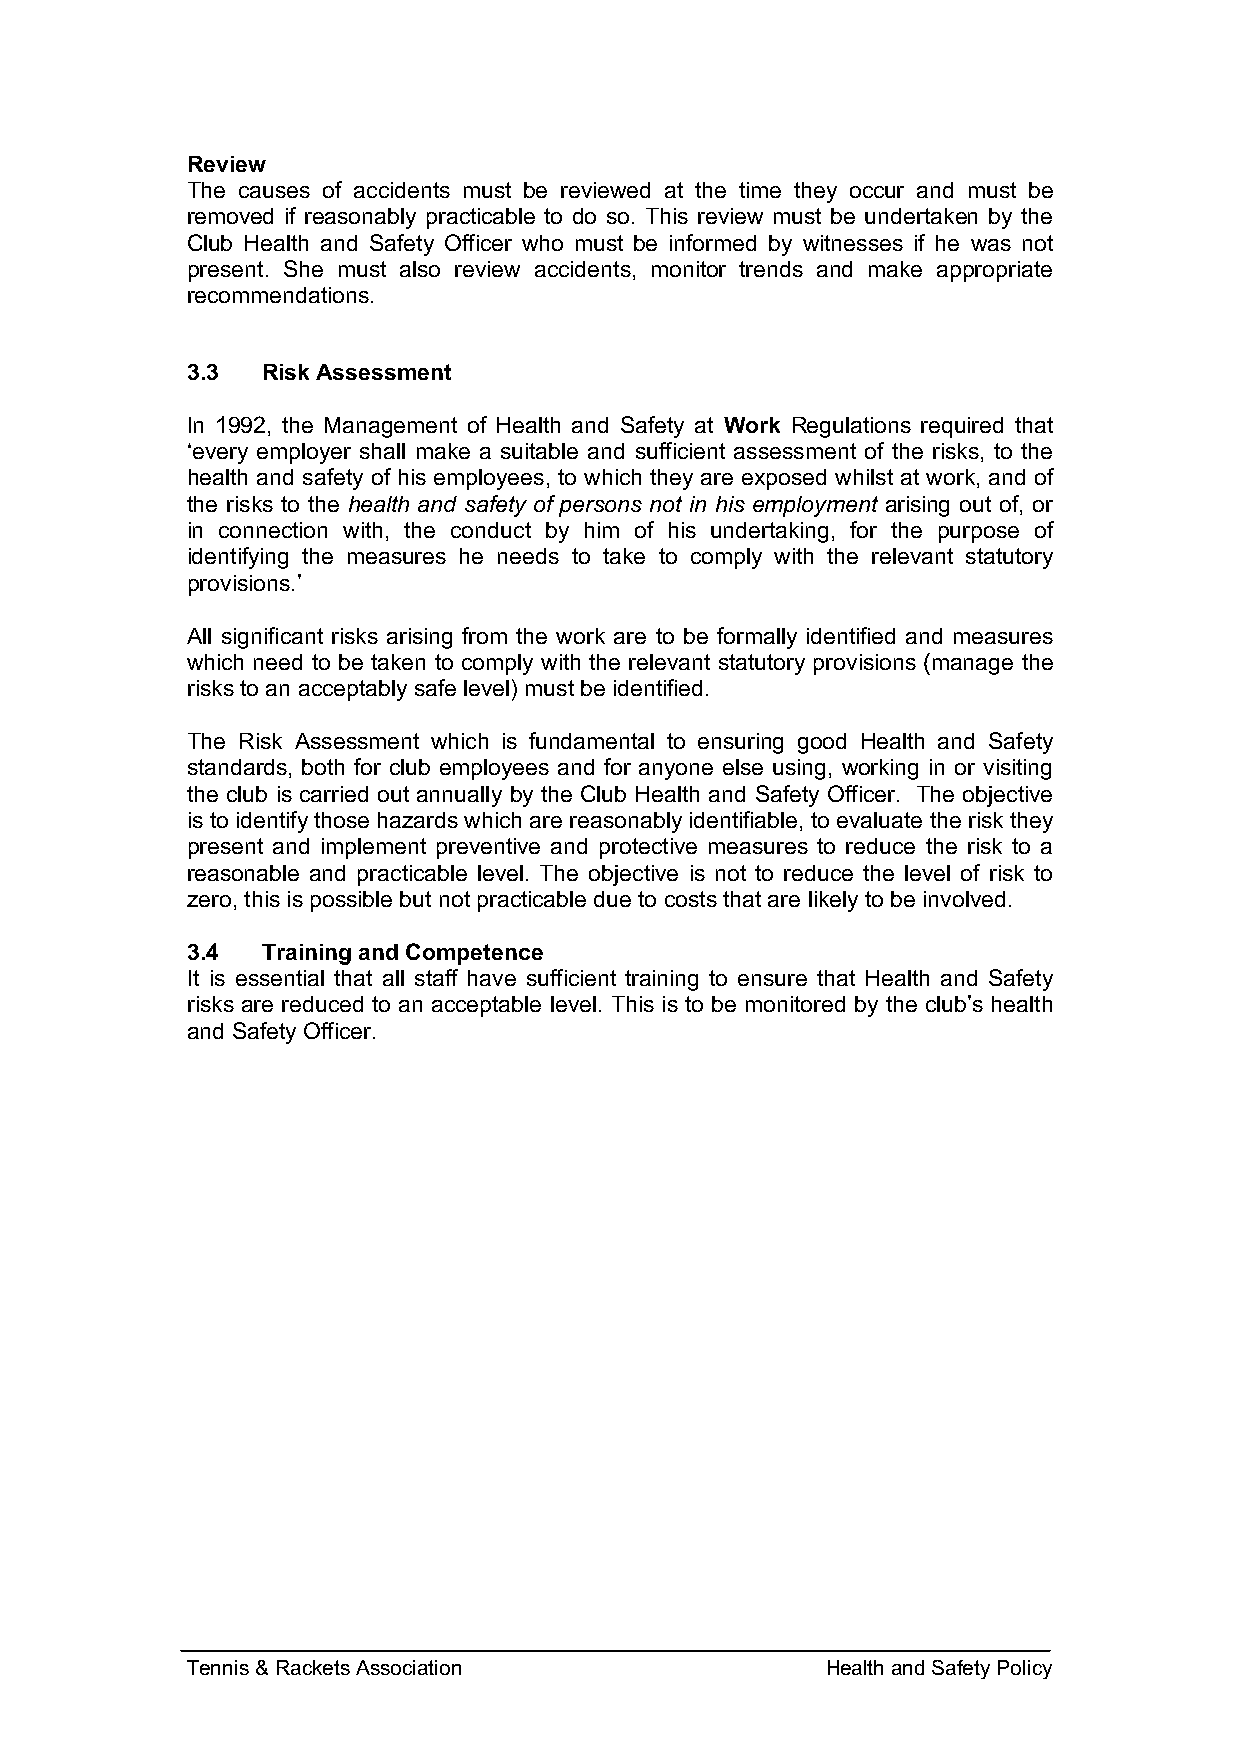
Review
 The causes of accidents must be reviewed at the time they occur and must be
 removed if reasonably practicable to do so. This review must be undertaken by the
 Club Health and Safety Officer who must be informed by witnesses if he was not
 present. She must also review accidents, monitor trends and make appropriate
 recommendations.
 3.3  Risk Assessment
 In 1992, the Management of Health and Safety at Work Regulations required that
 ‘every employer shall make a suitable and sufficient assessment of the risks, to the
 health and safety of his employees, to which they are exposed whilst at work, and of
 the risks to the health and safety of persons not in his employment arising out of, or
 in connection with, the conduct by him of his undertaking, for the purpose of
 identifying the measures he needs to take to comply with the relevant statutory
 provisions.’
 All significant risks arising from the work are to be formally identified and measures
 which need to be taken to comply with the relevant statutory provisions (manage the
 risks to an acceptably safe level) must be identified.
 The Risk Assessment which is fundamental to ensuring good Health and Safety
 standards, both for club employees and for anyone else using, working in or visiting
 the club is carried out annually by the Club Health and Safety Officer. The objective
 is to identify those hazards which are reasonably identifiable, to evaluate the risk they
 present and implement preventive and protective measures to reduce the risk to a
 reasonable and practicable level. The objective is not to reduce the level of risk to
 zero, this is possible but not practicable due to costs that are likely to be involved.
 3.4  Training and Competence
 It is essential that all staff have sufficient training to ensure that Health and Safety
 risks are reduced to an acceptable level. This is to be monitored by the club’s health
 and Safety Officer.
 Tennis & Rackets Association               Health and Safety Policy